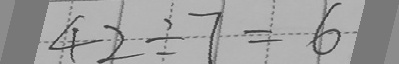
4 2 \div 7 = 6